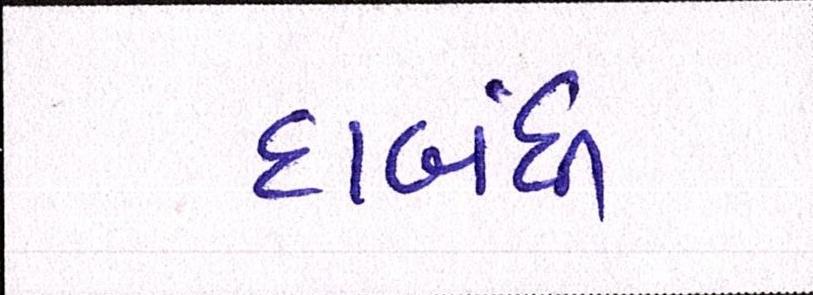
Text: દાબંધી